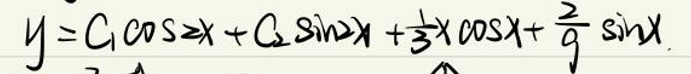
$y = C_1 \cos 2x + C_2 \sin 2x + \frac{1}{3}x \cos x + \frac{2}{9} \sin x$